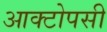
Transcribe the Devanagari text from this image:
आक्टोपसी